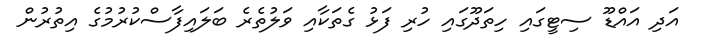
އަދި އައްޑޫ ސިޓީގައި ހިތަދޫގައި ހުރި ފަޅު ގެތަކާއި ވަލުތެރެ ބަލައިފާސްކުރުމުގެ އިތުރުން